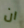
ان